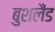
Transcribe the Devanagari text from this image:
बुशलैंड